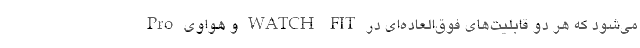
Pro و هواوی WATCH FIT می‌شود که هر دو قابلیت‌های فوق‌العاده‌ای در